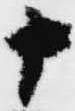
十